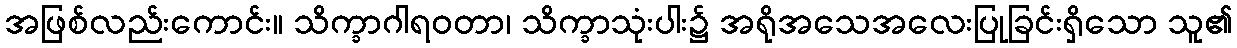
အဖြစ်လည်းကောင်း။ သိက္ခာဂါရဝတာ၊ သိက္ခာသုံးပါး၌ အရိုအသေအလေးပြုခြင်းရှိသော သူ၏